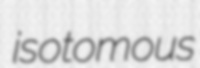
isotomous